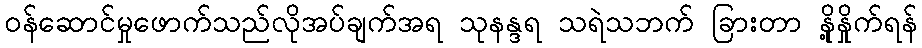
ဝန်ဆောင်မှုဖောက်သည်လိုအပ်ချက်အရ သုနန္ဒရ သရဲသဘက် ခြားတာ နို့နှိုက်ရန်